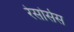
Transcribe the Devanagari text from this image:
रेसोर्सेस